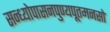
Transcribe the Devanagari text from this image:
सन्ध्योपासनपुण्यपूतमनसो